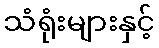
သံရုံးများနှင့်